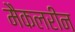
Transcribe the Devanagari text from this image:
मैकलरीन